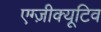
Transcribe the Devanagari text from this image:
एग्ज़ीक्यूटिव